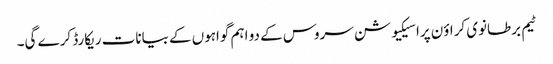
ٹیم برطانوی کراؤن پراسیکیوشن سروس کے دو اہم گواہوں کے بیانات ریکارڈ کرے گی۔